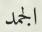
الجمد